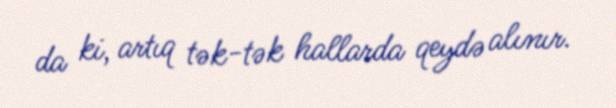
da ki, artıq tək-tək hallarda qeydə alınır.